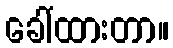
ခေါ်ထားတာ။